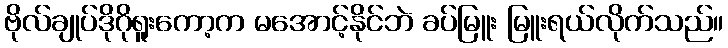
ဗိုလ်ချုပ်ဒိုဂိုရူးကော့က မအောင့်နိုင်ဘဲ ခပ်မြူး မြူးရယ်လိုက်သည်။